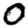
Digit: 0